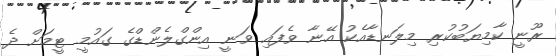
ރޫނީ ކާމިޔަބުކުރި މިލަނޑާއެކު އޭނާ ވެފައި ވަނީ އިންގްލެންޑްގެ ގައުމީ ޓީމަށް ދެ